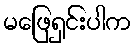
မဖြေရှင်းပါက